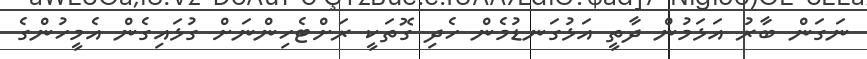
ނަގަން ބާރު އަޅަމުން ދާތީ އަޅުގަނޑުމެން ހެދި ގޮތަކީ ރަށްޓެހިންނަށް ގުޅައިގެން އެމީހުންގެ